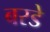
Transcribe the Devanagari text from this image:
बरडे